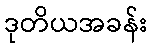
ဒုတိယအခန်း